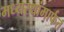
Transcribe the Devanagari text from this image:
मध्यस्थांमार्फत